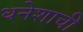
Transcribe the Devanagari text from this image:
धनेशाची